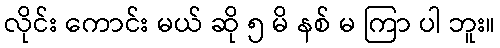
လိုင်း ကောင်း မယ် ဆို ၅ မိ နစ် မ ကြာ ပါ ဘူး။